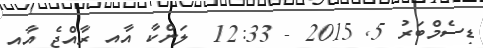
ޑިސެމްބަރު 5